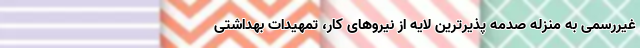
غیررسمی به منزله صدمه پذیرترین لایه از نیروهای کار، تمهیدات بهداشتی